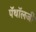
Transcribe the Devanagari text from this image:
पॅथॉलजी